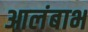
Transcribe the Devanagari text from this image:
आलंबाभ